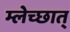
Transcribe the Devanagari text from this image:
म्लेच्छात्